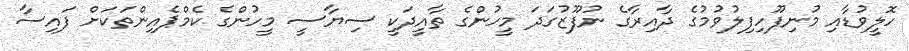
ހޮލީވުޑާއި މުނިފޫހިފިލުވުމުގެ ދާއިރާގެ ނުފޫޒުގަދަ މީހުންގެ ތާއީދަކީ ސިޔާސީ މީހުންގެ ކެމްޕެއިންތަކަށް ފައިސާ